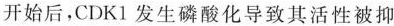
开始后，CDK1发生磷酸化导致其活性被抑